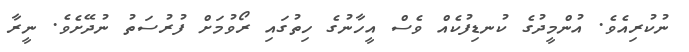
ނުކުރިއެވެ. އުންމީދުގެ ކުނޑިފުކެއް ވެސް އީހާނުގެ ހިތުގައި ރޯވުމަށް ފުރުސަތު ނުދޭށެވެ. ނީރާ